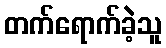
တက်ရောက်ခဲ့သူ